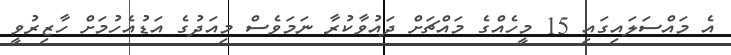
އެ މައްސަލައިގައި 15 މީހެއްގެ މައްޗަށް ދައުވާކުރާ ނަމަވެސް މިއަދުގެ އަޑުއެހުމަށް ހާޒިރުވީ